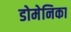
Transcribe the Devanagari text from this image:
डोमेनिका